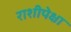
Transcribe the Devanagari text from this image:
राशीपेक्षा